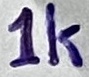
Text: 1K